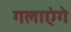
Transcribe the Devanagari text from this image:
गलाएंगे